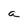
Character: a